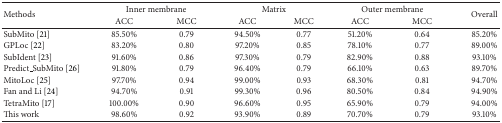
| <ROWSPAN=2> Methods | <COLSPAN=2> Inner membrane | <COLSPAN=2> Matrix | <COLSPAN=2> Outer membrane | <ROWSPAN=2> Overall |
 | ACC | MCC | ACC | MCC | ACC | MCC |
 | --- | --- | --- | --- | --- | --- | --- | --- |
 | SubMito [21] | 85.50% | 0.79 | 94.50% | 0.77 | 51.20% | 0.64 | 85.20% |
 | GPLoc [22] | 83.20% | 0.80 | 97.20% | 0.85 | 78.10% | 0.77 | 89.00% |
 | SubIdent [23] | 91.60% | 0.86 | 97.30% | 0.79 | 82.90% | 0.88 | 93.10% |
 | Predict_SubMito [26] | 91.80% | 0.79 | 96.40% | 0.79 | 66.10% | 0.63 | 89.70% |
 | MitoLoc [25] | 97.70% | 0.94 | 99.00% | 0.93 | 68.30% | 0.81 | 94.70% |
 | Fan and Li [24] | 94.70% | 0.91 | 99.30% | 0.96 | 80.50% | 0.84 | 94.90% |
 | TetraMito [17] | 100.00% | 0.90 | 96.60% | 0.95 | 65.90% | 0.79 | 94.00% |
 | This work | 98.60% | 0.92 | 93.90% | 0.89 | 70.70% | 0.79 | 93.10% |